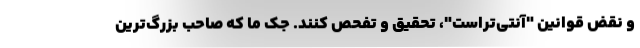
و نقض قوانین "آنتی‌تراست"، تحقیق و تفحص کنند. جک ما که صاحب بزرگ‌ترین